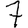
Digit: 7